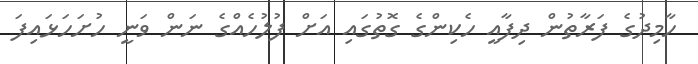
ހާމިދުގެ ފަރާތުން ދިފާއީ ހެކިންގެ ގޮތުގައި އަށް ފުލުހެއްގެ ނަން ވަނީ ހުށަހަޅައިފަ